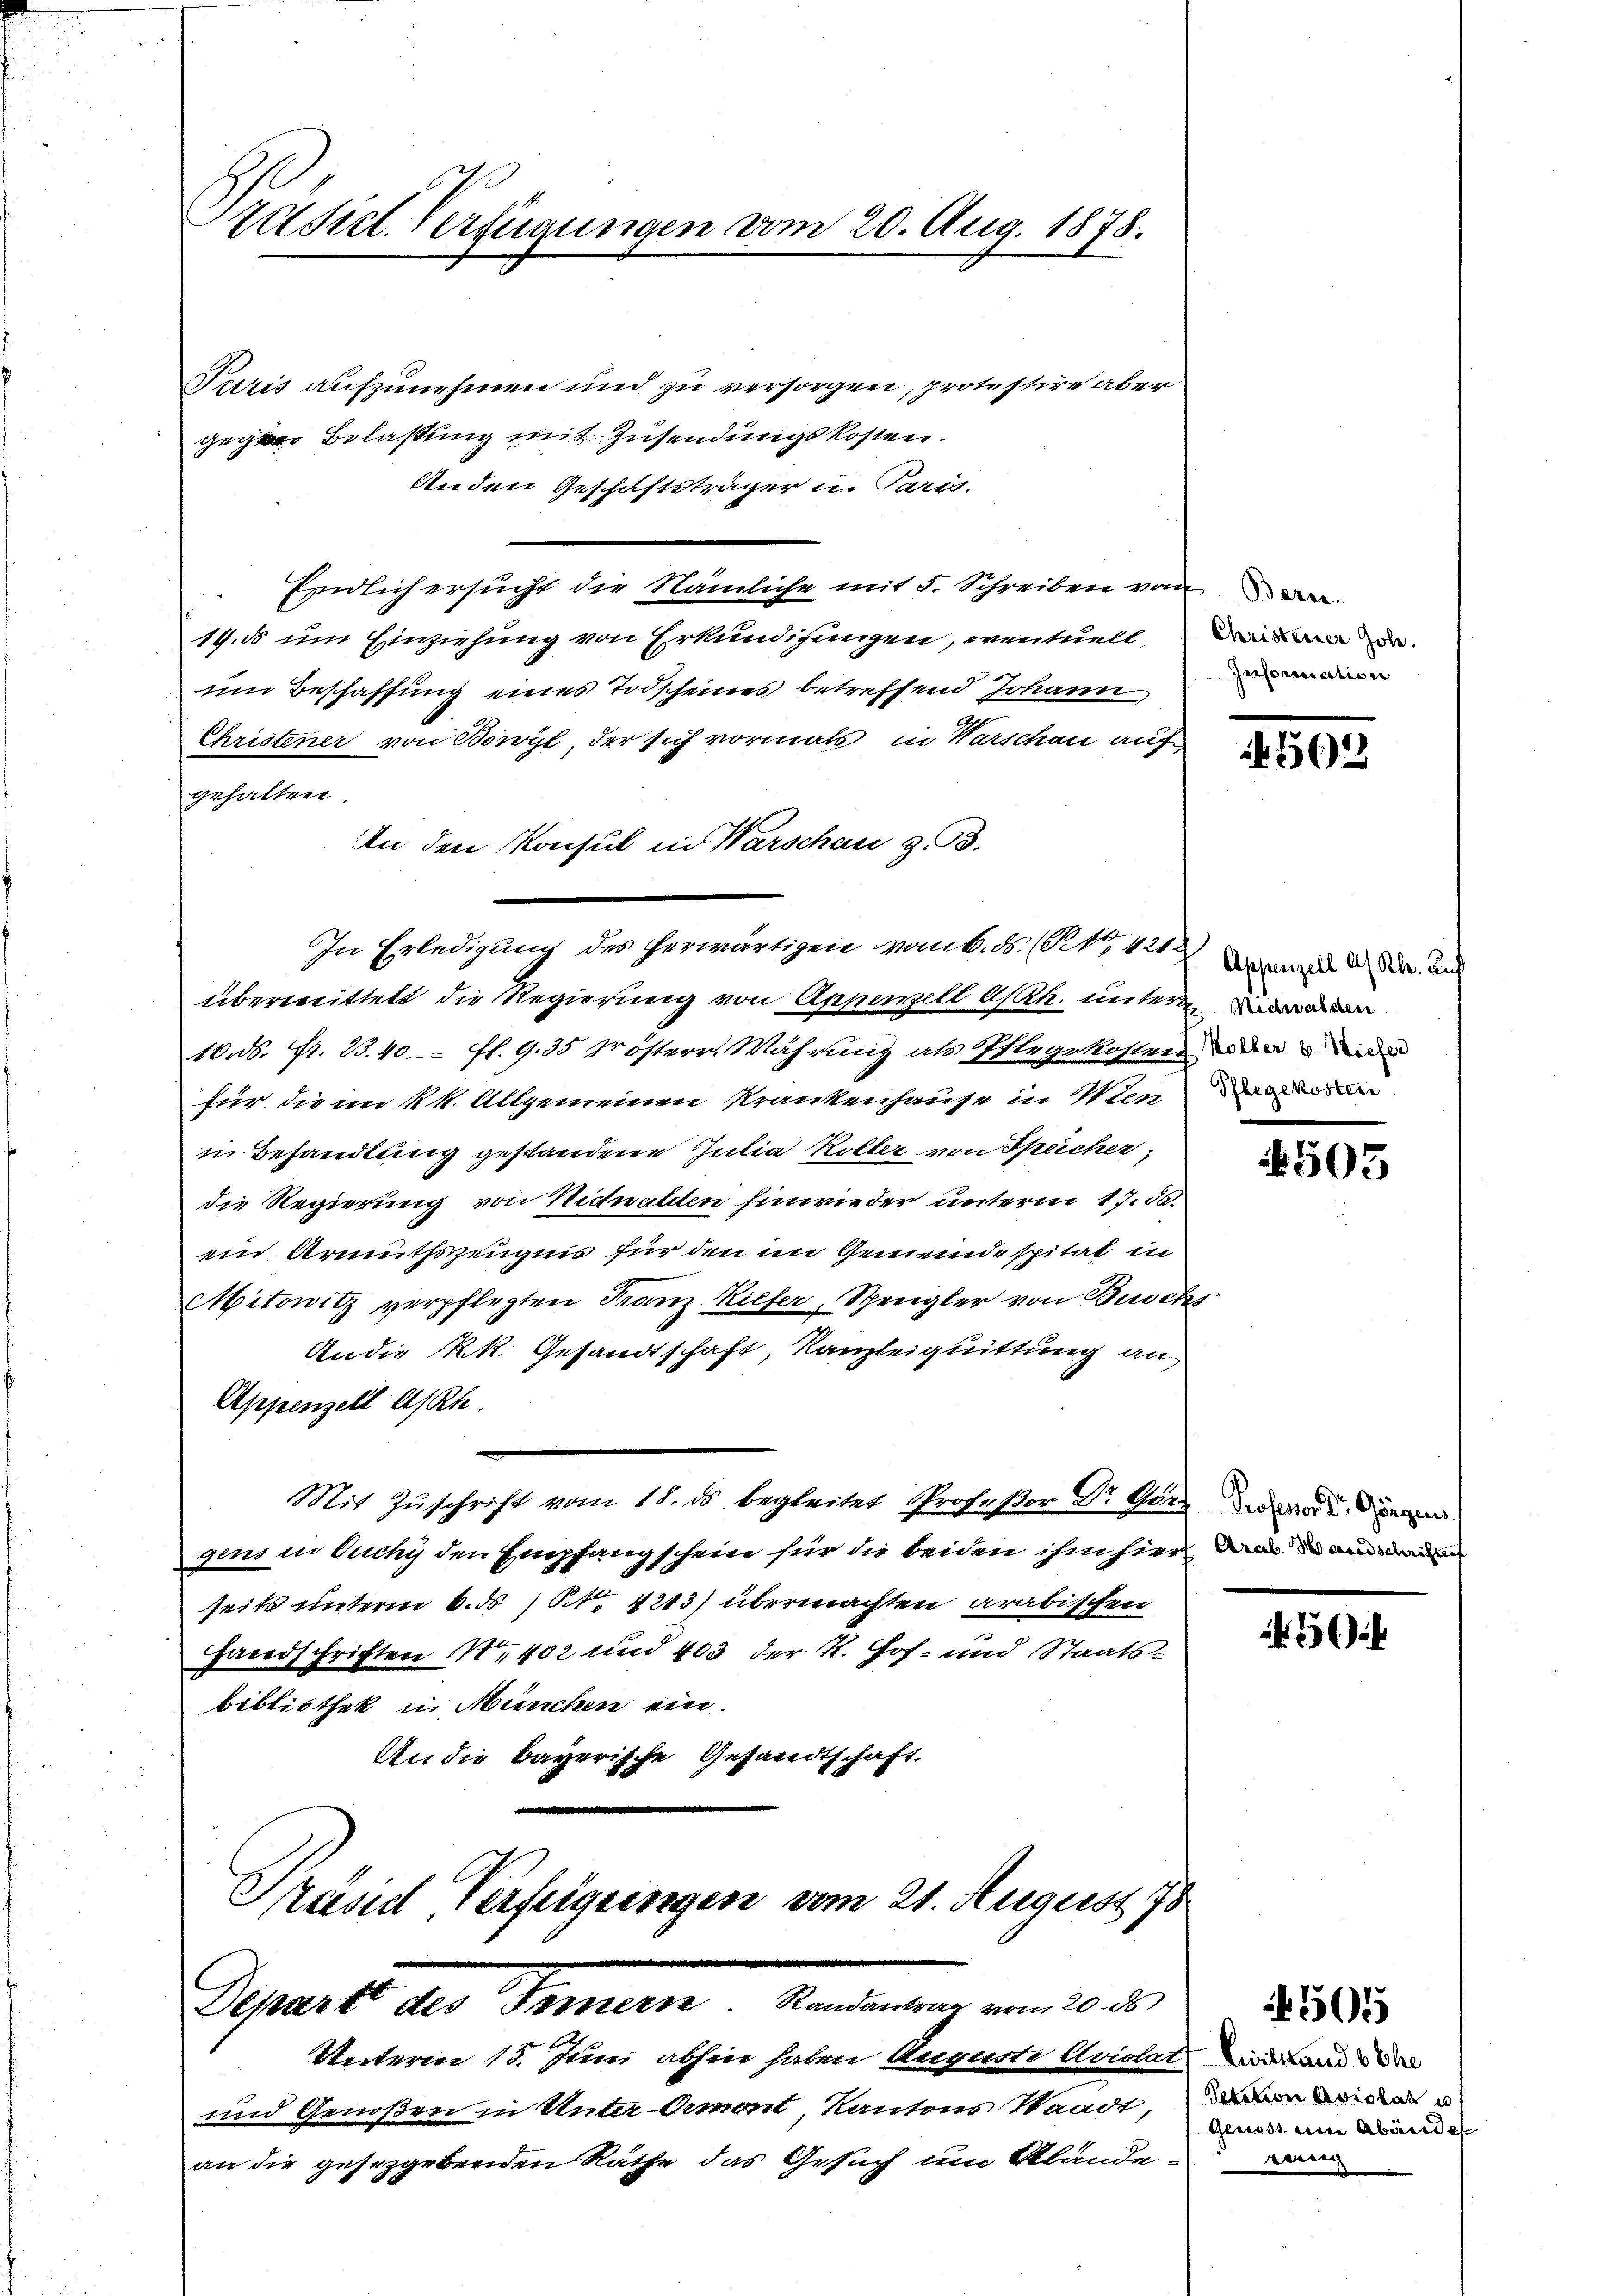
zäsiel. Verfügungen vom 20. Aug. 1878.

Paris aufzunehmen und zu versorgen, protestire aber
gegen Belastung mit Zusendungskosten.
Anden Geschäftsträger in Paris.
Endlich ersucht die Nämliche mit 5. Schreiben von
19. ds um Einziehung von Erkundigungen, eventuell,
um Beschaffung eines Todscheines betreffend Johann
Christener von Bowyl, der sich vormals in Warschau auf
gehalten
An den Konsul in Warschau z. 93.
überwittelt die Regierung von Appenzell A/Rh. untern
10. ds. fr. 23. 40. fl. 9.35 Trösterr. Währung als Erlegekosten der ander
für die im k. k. Allgemeinen Krankenhause in Wien desiden
in Behandlung gestandene Julia Koller von Speicher;
die Regierung von Nidwalden hinwieder unterm 17. de
ein Armuthszeugnis für den im Gemeinde spitat in
Mitowitz verpflegten Franz Kiefer, Spengler von Buschs
Andie k.k. Gesandtschaft, Kanzleiquittung an
Appenzell A/Rh.
Mit Zuschrift vom 18. ds. begleitet Profeßor Dr. Gerede die
gens in Ouchy den Empfangschein für die beiden ihm hier und ain anden
seits unterm 6. ds N. 4213) übermachten arabischen
Handschriften Nr. 402 und 403 der K. Hof- und Staats-
bibliothek in München ein.
An die Bayerische Gesandtschaft
Präsid Verfeigungen vom 21. August 179

In Erledigung des herwärtigen vom 6. ds. (T. 421

Separte der Gemein Kinderung vom 10. d.

Unterm 15. Juni abhin haben Augusti Aviolat, wie an der
und Genoßen in Unter-Ormont, Kantons Waadt, an wider u
an die gesetzgebenden Räthe das Gesuch um Abände¬

Christerner hole.
Information

Appenzell a/Rh. auf

262

505

2

Genoss um Abände

501